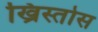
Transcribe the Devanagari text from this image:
ख्रिस्तोस